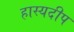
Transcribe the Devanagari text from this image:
हास्यदीप